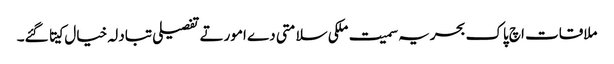
ملاقات اچ پاک بحریہ سمیت ملکی سلامتی دے امورتے تفصیلی تبادلہ خیال کیتا گئے۔